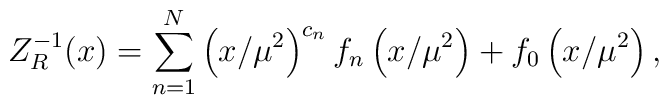
Z^{-1}_{R}(x)=\sum^{N}_{n=1}\left (x/\mu^2\right)^{c_n}f_n\left (x/\mu^2\right)+f_0\left (x/\mu^2\right),